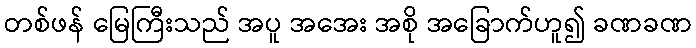
တစ်ဖန် မြေကြီးသည် အပူ အအေး အစို အခြောက်ဟူ၍ ခဏခဏ